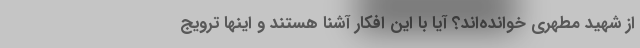
از شهید مطهری خوانده‌اند؟ آیا با این افکار آشنا هستند و اینها ترویج